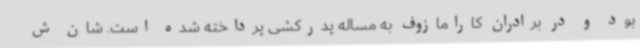
بود و در برادران کارامازوف به مساله پدرکشی پرداخته شده است. شان ش